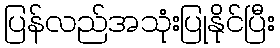
ပြန်လည်အသုံးပြုနိုင်ပြီး